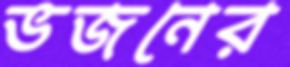
ভজনের